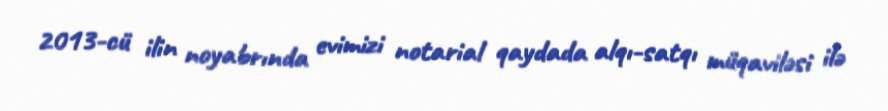
2013-cü ilin noyabrında evimizi notarial qaydada alqı-satqı müqaviləsi ilə